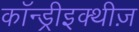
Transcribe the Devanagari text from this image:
कॉन्ड्रीइक्थीज़